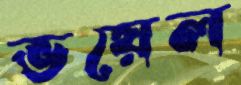
ভয়েল